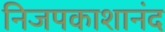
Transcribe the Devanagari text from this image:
निजपकाशानंद